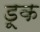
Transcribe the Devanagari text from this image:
डूक